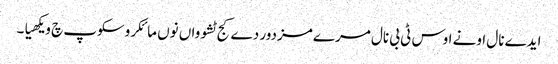
ایدے نال اونے اوس ٹی بی نال مرے مزدور دے کج ٹشوواں نوں مائکروسکوپ چ ویکھیا۔